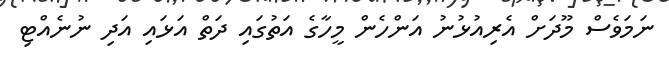
ނަމަވެސް މޫދަށް އެރިއުޅުނު އަންހެން މީހާގެ އަތުގައި ދަތް އަޅައި އަދި ނުނެއްޓި